Report on vaccination in Madras 1922-1929 - 1922-1929
Year: 1922
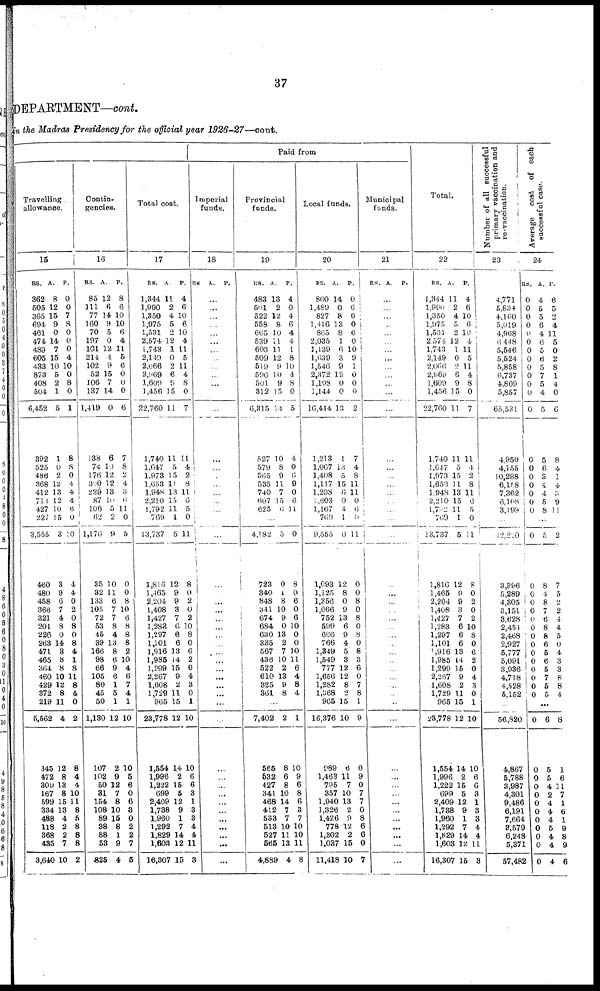
37
DEPARTMENT—cont.
in the Madras Presidency for the official year 1926-27—cont.
Travelling
allowance.
15
RS.
362
505
365
694
461
474
489
605
433
873
408
504
6,452
392
525
486
368
412
714
427
227
3,555
460
480
458
366
321
201
226
263
471
465
364
460
429
372
219
5,562
345
472
309
167
599
334
488
118
368
485
3,640
A.
8
12
15
9
0
14
7
15
10
5
2
1
5
1
0
2
12
13
12
10
15
3
3
9
6
7
4
8
0
14
3
8
8
10
12
8
11
4
12
8
13
8
15
13
4
2
2
7
10
P.
0
0
7
8
0
0
0
4
10
0
8
0
1
8
8
0
4
4
4
6
0
10
4
4
0
2
0
8
0
8
4
1
8
11
8
4
0
2
8
4
4
10
11
8
5
8
8
8
2
Contin-
gencies.
16
RS.
85
111
77
160
70
197
101
214
102
52
106
137
1,419
138
74
176
300
229
87
106
62
1,176
35
32
133
105
72
53
45
39
166
98
66
105
80
45
50
1,130
107
102
50
81
154
108
89
38
88
53
625
A.
12
6
14
9
5
0
12
4
9
15
7
14
0
6
10
12
12
13
10
5
2
9
10
11
6
7
7
8
4
13
8
6
9
6
1
5
1
12
2
9
12
7
8
10
15
8
1
9
4
P.
8
6
10
10
6
4
11
6
6
0
0
0
6
7
8
2
4
3
6
11
0
5
0
0
8
10
6
8
8
8
2
10
4
6
7
4
1
10
10
5
6
0
6
8
0
2
2
7
5
Total cost.
17
RS.
1,344
1,990
1,350
1,975
1,581
2,574
1,743
2,149
2,066
2,969
1,609
1,450
22,760
1,740
1,047
1,978
1,653
1,948
2,210
1,792
769
13,737
1,816
1,465
2,204
1,408
1,427
1,283
1,297
1,101
1,916
1,985
1,299
2,267
1,608
1,729
965
23,778
1,554
1,996
1,222
699
2,409
1,788
1,960
1,292
1,829
1,603
16,307
A.
11
2
4
5
2
12
1
0
2
6
9
15
11
11
5
15
11
13
15
11
1
5
12
9
9
3
7
6
6
6
13
14
15
9
2
11
15
12
14
2
15
5
12
9
1
7
14
12
15
P.
4
6
10
6
10
4
11
5
11
4
8
0
7
11
4
2
8
11
6
5
0
11
8
0
2
0
2
10
8
0
6
2
0
4
3
0
1
10
10
6
6
3
1
3
3
4
4
11
3
Paid from
Imperial
funds.
18
RS. A. P.
...
...
...
...
...
...
...
...
...
...
...
...
...
...
...
...
...
...
...
...
...
...
...
...
...
...
...
...
...
...
...
...
...
...
...
...
...
...
...
...
...
...
...
...
...
...
...
...
Provincial
funds.
19
RS.
483
501
522
558
665
539
603
509
519
596
501
312
6,315
527
579
565
535
740
607
625
A.
13
2
12
8
10
11
11
12
9
10
9
15
14
10
8
9
11
7
15
6
P.
4
0
4
6
4
4
1
8
10
4
8
0
5
4
0
0
9
0
6
11
...
4,182
723
340
848
341
674
684
630
335
567
436
522
610
325
361
5
0
1
8
10
9
0
13
2
7
10
2
13
9
8
0
8
0
6
0
6
10
0
0
10
11
6
4
8
4
...
7,402
565
532
427
341
468
412
538
518
527
565
4,889
2
8
6
8
10
14
7
7
10
11
13
4
1
10
9
6
8
6
3
7
10
10
11
8
Local funds.
20
RS.
860
1,489
827
1,416
865
2,035
1,139
1,639
1,546
2,372
1,108
3,144
16,444
1,213
1,067
1,408
1,117
1,208
1,603
1,167
709
9,555
1,093
1,125
1,356
1,066
752
599
666
766
1,349
1,549
777
1,656
1,282
1,068
965
16,376
989
1,463
795
357
1,940
1,326
1,426
778
1,302
1,037
11,418
A.
14
0
8
13
8
1
6
3
9
12
0
0
13
1
13
5
15
6 0
4
1
0
12
8
0
9
13
6
9
4
5
3
12
12
8
2
15
10
6
11
7
10
13
2
9
12
2
15
10
P.
0
6
6
0
6
0
10
9
1
0
0
0
2
7
4
8
11
11
0
6
0
11
0
0
8
0
8
0
8
0
8
3
6
0
7
8
1
9
0
9
0
7
7
0
8
6
6
0
7
Municipal
funds.
21
RS. A.
P.
...
...
...
...
...
...
...
...
...
...
...
...
...
...
...
...
...
...
...
...
...
...
...
...
...
...
...
...
...
...
...
...
...
...
...
...
...
...
...
...
...
...
...
...
...
...
...
...
...
Total.
22
RS.
1,344
1,990
1,350
1,975
1,531
2,574
1,743
2,149
2,066
2,969
1,609
1,456
22,760
1,740
1,647
1,973
1,653
1,948
2,210
1,722
769
13,737
1,816
1,465
2,204
1,408
1,427
1,283
1,297
1,101
1,916
1,985
1,299
2,267
1,608
1,729
965
23,778
1,554
1,996
1,222
699
2,409
1,738
1,960
1,292
1,829
1,603
16,307
A.
11
2
4
5
2
12
1
0
2
6
9
15
11
11
5
15
11
13
15
11
1
5
12
9
9
3
7
6
6
6
13
14
15
9
2
11
15
12
14
2
15
5
12
9
1
7
14
12
15
P.
4
6
10
6
10
4
11
5
11
4
8
0
7
11
4
2
8
11
6
5
0
11
8
0
2
0
2
10
8
0
6
2
0
4
3
0
1
10
10
6
6
3
1
3
3
4
4
11
8
Number of all successful
primary vaccination and
re-vaccination.
23
4,771
5,834
4,160
5,019
4,968
6,448
5,546
5,524
5,858
6,737
4,809
5,857
65,531
4,950
4,155
10,288
6,l58
7,362
6,108
3,199
...
12,220
3,396
5,289
4,305
3,151
3,628
2,454
2,468
2,927
5,777
5,091
3,936
4,718
4,528
5,152
...
56,820
4,867
5,788
3,987
4,301
9,486
6,191
7,664
8,579
6,248
5,371
57,482
Average cost of each
successful case.
24
RS.
0
0
0
0
0
0
0
0
0
0
0
0
0
0
0
0
0
0
0
0
A.
4
5
5
6
4
6
5
6
5
7
5
4
5
5
6
3
4
4
5
8
P.
6
5
2
4
11
5
0
2
8
1
4
0
6
8
4
1
4
3
9
11
...
0
0
0
0
0
0
0
0
0
0
0
0
0
0
0
5
8
4
8
7
6
8
8
6
5
6
5
7
5
5
2
7
5
2
2
4
4
5
0
4
3
3
8
8
4
...
0
0
0
0
0
0
0
0
0
0
0
0
6
5
5
4
2
4
4
4
5
4
4
4
8
1
6
11
7
1
6
1
9
8
9
6